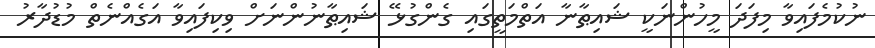
ނުކުމެފައިވާ މިފަދަ މީހުންނަކީ ޝައިޠާނާ އަތްމަތީގައި ގެންގުޅޭ ޝައިޠާނުންނަށް ވިކިފައިވާ އަގެއްނެތް މުޑުދާރު